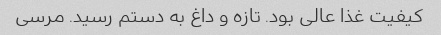
کیفیت غذا عالی بود. تازه و داغ به دستم رسید. مرسی